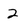
Character: 2